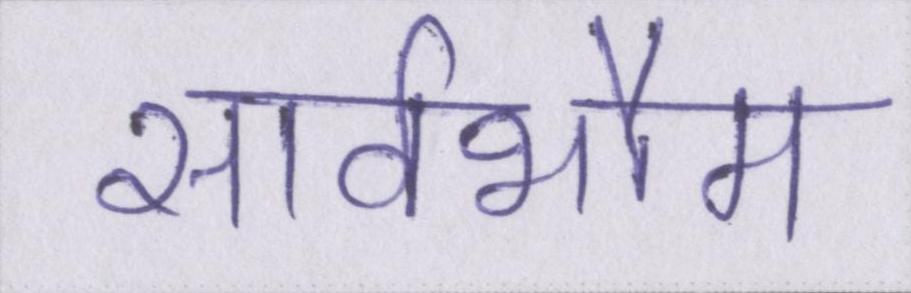
सार्वभौम